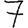
Digit: 7